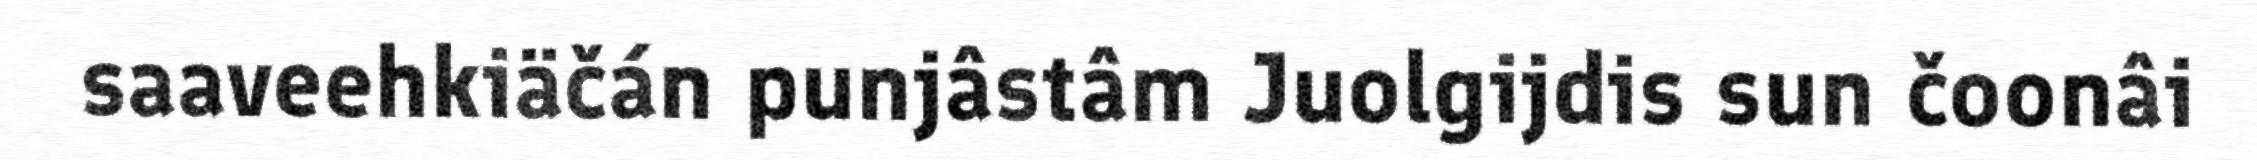
saaveehkiäčán punjâstâm Juolgijdis sun čoonâi